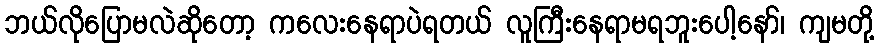
ဘယ်လိုပြောမလဲဆိုတော့ ကလေးနေရာပဲရတယ် လူကြီးနေရာမရဘူးပေါ့နော်၊ ကျမတို့